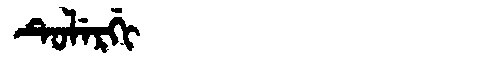
Manchu: ᡨᡠᠯᡝᡵᡤᡳ
Romanization: TULERGI